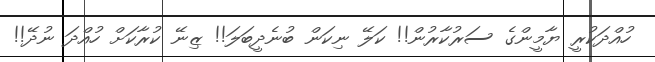
ހުއްދަކުރީ ޔާމީންގެ ސަރުކާރުން!! ކަލޭ ނިކަން ބުނެދީބަލަ!! ޒިނޭ ކުރާކަށް ހުއްދަ ނުދޭ!!